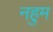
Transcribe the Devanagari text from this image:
नहुम